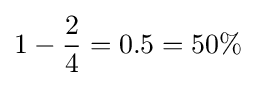
1-{\frac {2}{4}}=0.5=50\%